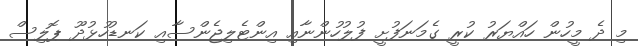
މި ދެ މީހުން ހައްޔަރު ކުރީ ގެމަނަފުށީ ފުލުހުންނާއި އިންޓެލިޖެންސާއި ކަނޑުހުޅުދޫ ޕޮލިސް